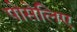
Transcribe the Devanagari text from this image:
पोसेलिए